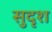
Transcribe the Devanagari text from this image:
सुदृश